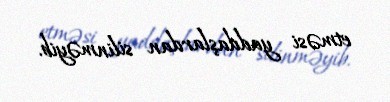
etməsi yaddaşlardan silinməyib.